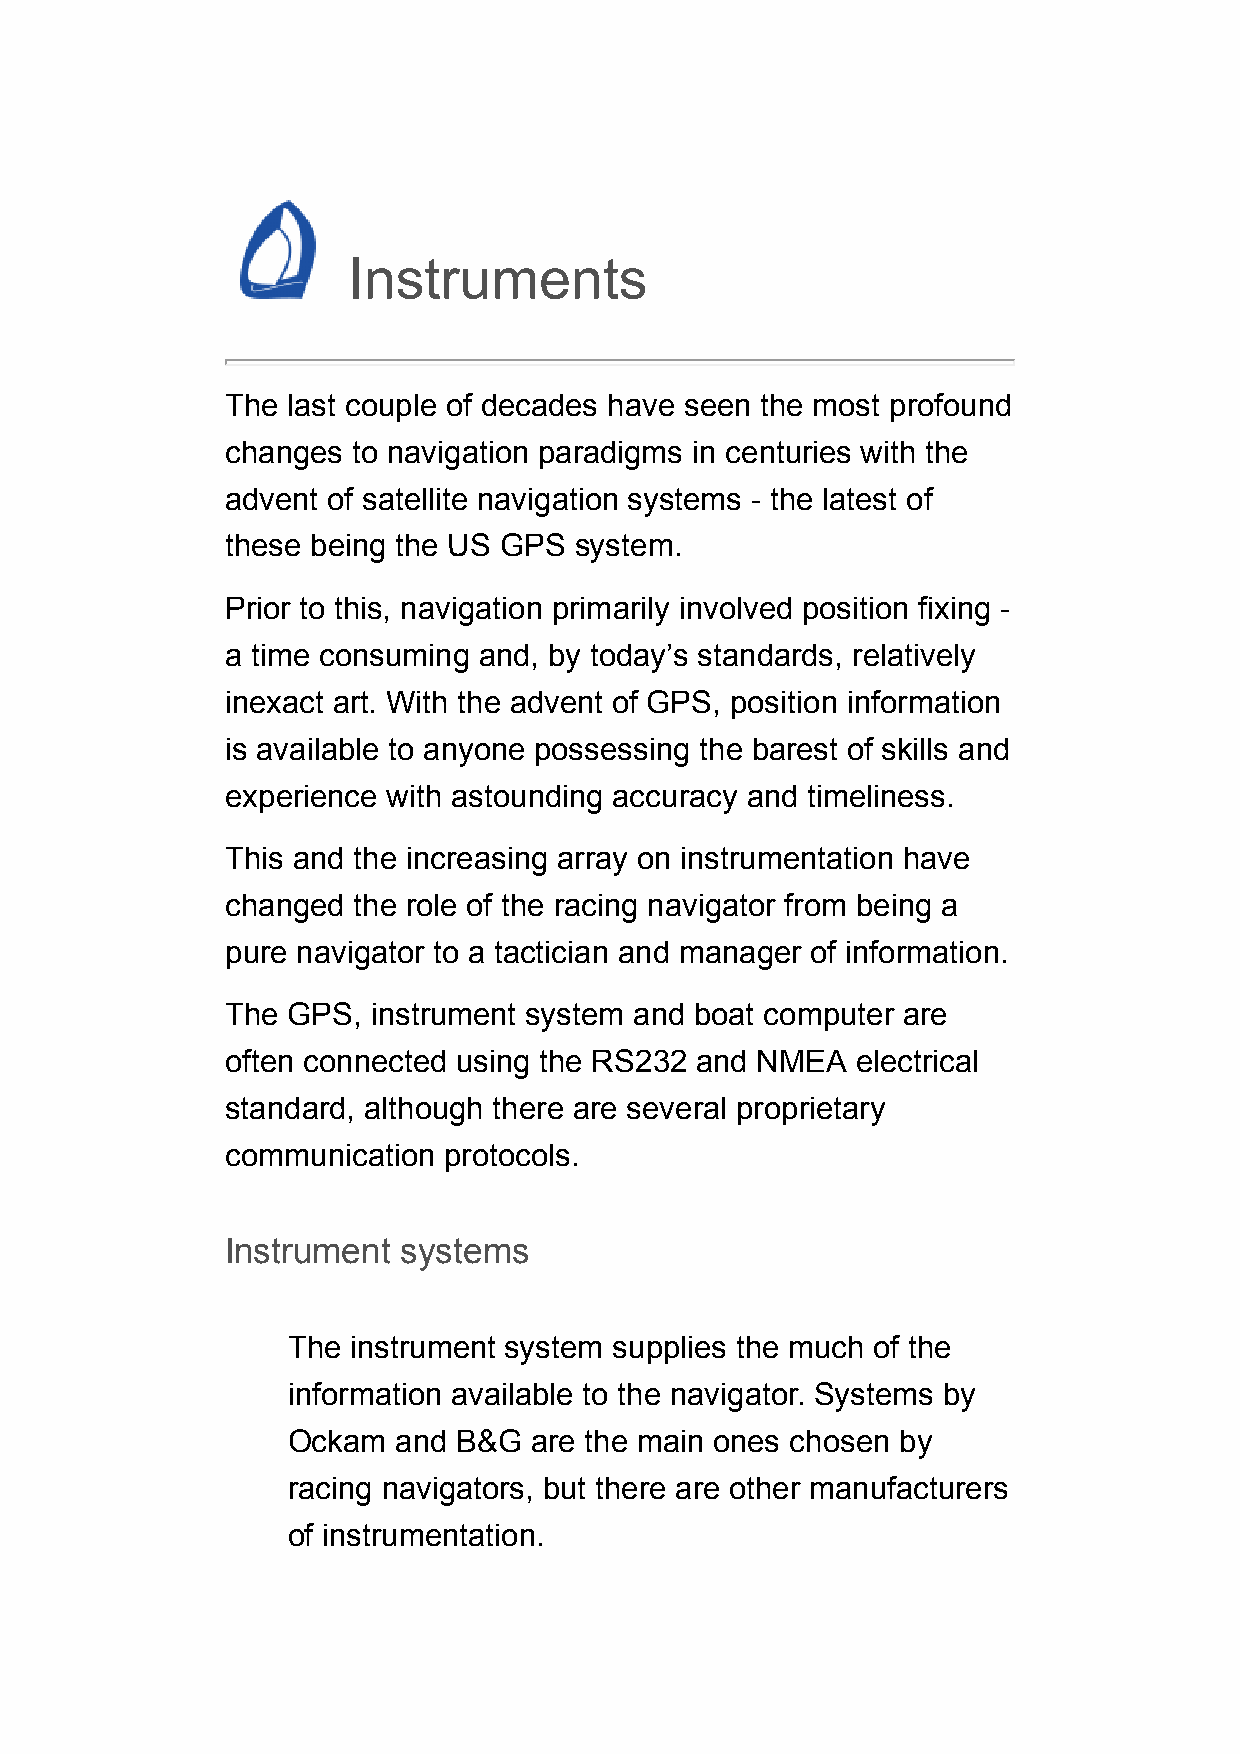
Instruments
 The last couple of decades have seen the most profound
 changes to navigation paradigms in centuries with the
 advent of satellite navigation systems - the latest of
 these being the US GPS system.
 Prior to this, navigation primarily involved position fixing -
 a time consuming and, by today’s standards, relatively
 inexact art. With the advent of GPS, position information
 is available to anyone possessing the barest of skills and
 experience with astounding accuracy and timeliness.
 This and the increasing array on instrumentation have
 changed the role of the racing navigator from being a
 pure navigator to a tactician and manager of information.
 The GPS,  instrument system and boat computer are
 often connected using the RS232 and NMEA  electrical
 standard, although there are several proprietary
 communication protocols.
 Instrument  systems
 The instrument system supplies the much of the
 information available to the navigator. Systems by
 Ockam  and B&G  are the main ones chosen by
 racing navigators, but there are other manufacturers
 of instrumentation.